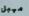
مهبل